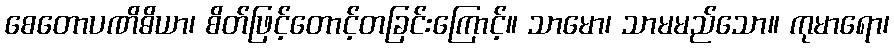
စေတောပဏိဓိယာ၊ စိတ်ဖြင့်တောင့်တခြင်းကြောင့်။ သာမော၊ သာမမည်သော။ ကုမာရော၊